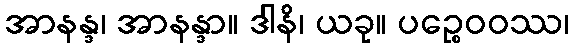
အာနန္ဒ၊ အာနန္ဒာ။ ဒါနိ၊ ယခု။ ပဉ္စေဝဝဿ၊